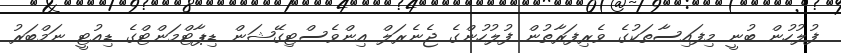
ފުލުހުން ބުނީ މިފައިސާތަކުގެ ވެރިފަރާތުން ފުލުހުންގެ ޖެނެރަލް އިންވެސްޓިގޭޝަން ޑިޕާޓްމަންޓްގެ ޑިއުޓީ ނަމްބަރު